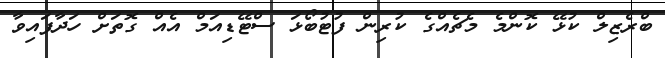
ބްރެޒިލް ކުޅޭ ކޮންމެ މެޗެއްގެ ކުރިން ފުޓުބޯޅަ ސްޓޭޑިއަމް އެއް ގޮތަށް ހަދާފައިވާ